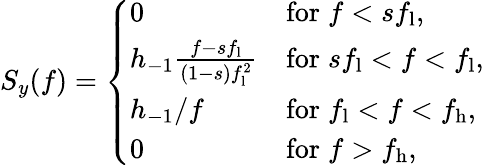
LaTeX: S_{y}(f)=\left\{ \begin{array}{ll}{0}&{\mathrm{for}\; f<sf_{\mathrm{l}},}\\ {h_{-1}\frac{f-sf_{\mathrm{l}}}{(1-s)f_{\mathrm{l}}^{2}}}&{\mathrm{for}\; sf_{\mathrm{l}}<f<f_{\mathrm{l}},}\\ {h_{-1}/f}&{\mathrm{for}\; f_{\mathrm{l}}<f<f_{\mathrm{h}},}\\ {0}&{\mathrm{for}\; f>f_{\mathrm{h}},}\end{array}\right.